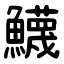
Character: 鱴